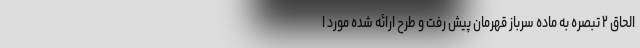
الحاق ۲ تبصره به ماده سرباز قهرمان پیش رفت و طرح ارائه شده مورد ا